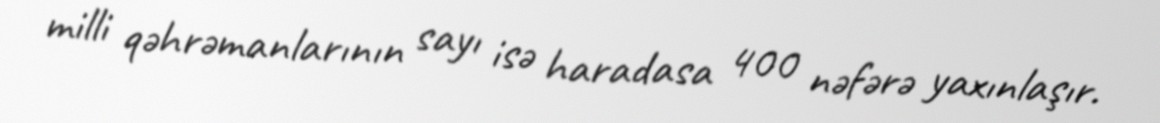
milli qəhrəmanlarının sayı isə haradasa 400 nəfərə yaxınlaşır.